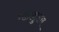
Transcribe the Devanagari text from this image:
गटानुसार